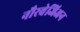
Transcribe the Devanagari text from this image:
नौरवेजिअन